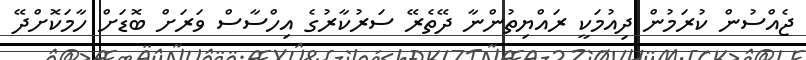
ޖެއްސުން ކުރަމުން ދިއުމަކީ ރައްޔިތުންނާ ދޭތެރޭ ސަރުކާރުގެ އިހްސާސް ވަރަށް ބޮޑަށް ހާމަކޮށްދޭ